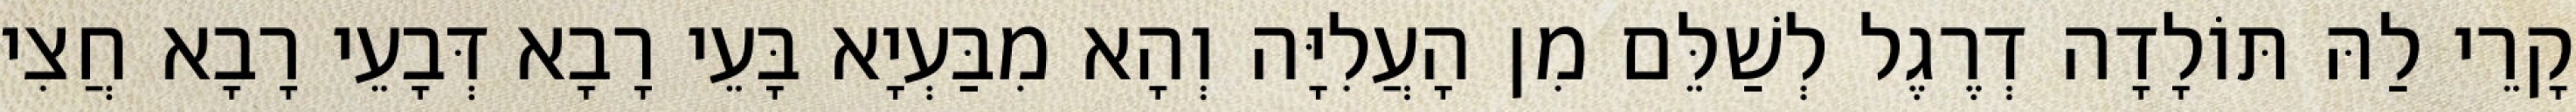
קָרֵי לַהּ תּוֹלָדָה דְרֶגֶל לְשַׁלֵּם מִן הָעֲלִיָּה וְהָא מִבַּעְיָא בָּעֵי רָבָא דְּבָעֵי רָבָא חֲצִי